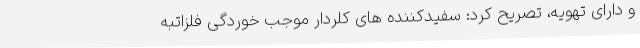
و دارای تهویه، تصریح کرد: سفیدکننده های کلردار موجب خوردگی فلزاتبه